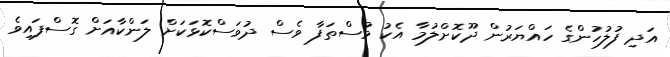
އަދި ފުލުހުންގެ ހައްޔަރުން ދޫކޮށްލުމާ އެކު މުސްތަފާ ވެސް ދުވަސްކޮޅަކަށް ލަންކާއަށް ގޮސްފައިވެ